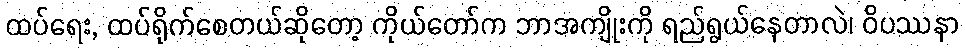
ထပ်ရေး, ထပ်ရိုက်စေတယ်ဆိုတော့ ကိုယ်တော်က ဘာအကျိုးကို ရည်ရွယ်နေတာလဲ၊ ဝိပဿနာ